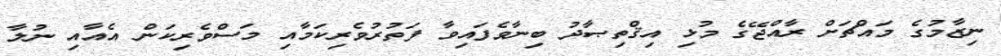
ނިޒާމުގެ މައްޗަށް ރާއްޖޭގެ މުޅި އިޤްތިޞާދު ބިނާވެފައިވާ ފަތުރުވެރިކަމާއި މަސްވެރިކަން އެއާއި ނުލާ